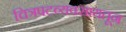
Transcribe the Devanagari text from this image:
चित्रपटव्यवसायतून